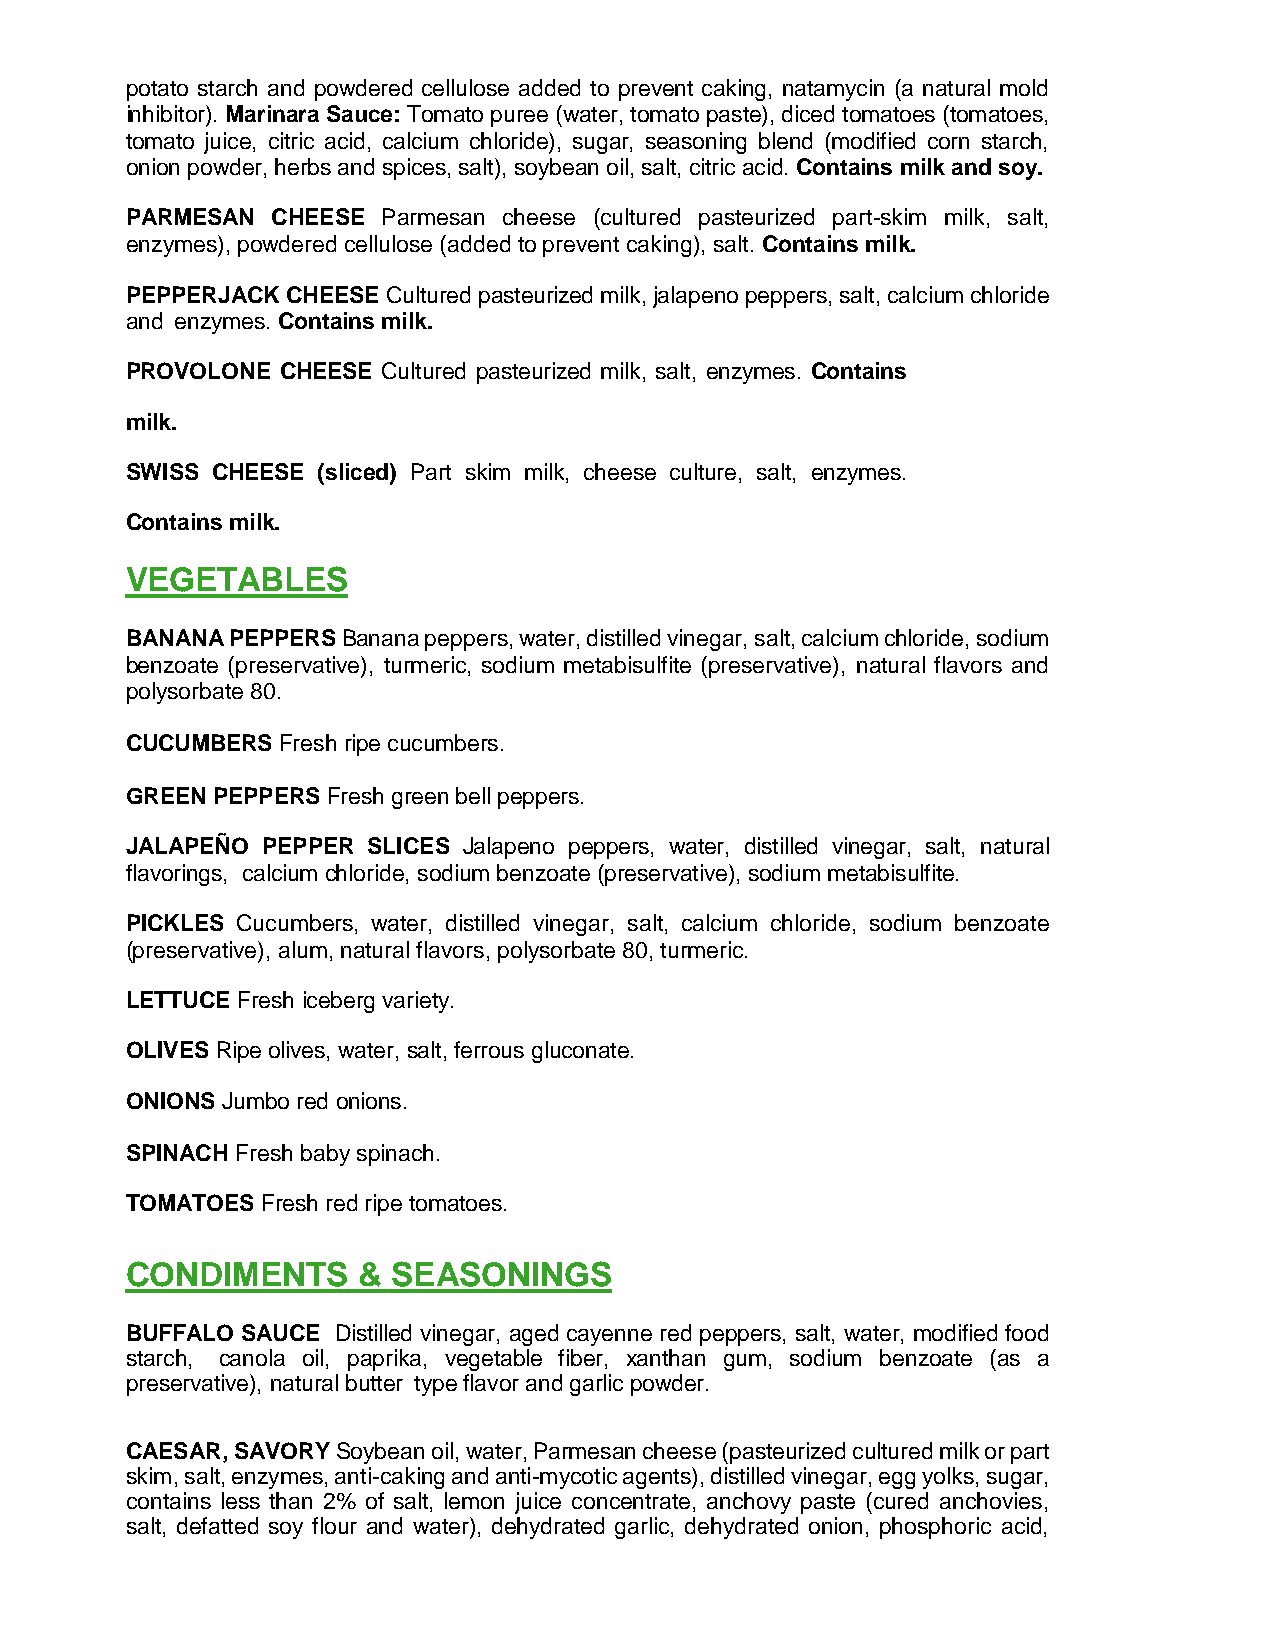
potato starch and powdered cellulose added to prevent caking, natamycin (a natural mold
 inhibitor). Marinara Sauce: Tomato puree (water, tomato paste), diced tomatoes (tomatoes,
 tomato juice, citric acid, calcium chloride), sugar, seasoning blend (modified corn starch,
 onion powder, herbs and spices, salt), soybean oil, salt, citric acid. Contains milk and soy.
 PARMESAN  CHEESE Parmesan cheese (cultured pasteurized part-skim milk, salt,
 enzymes), powdered cellulose (added to prevent caking), salt. Contains milk.
 PEPPERJACK CHEESE Cultured pasteurized milk, jalapeno peppers, salt, calcium chloride
 and enzymes. Contains milk.
 PROVOLONE  CHEESE Cultured pasteurized milk, salt, enzymes. Contains
 milk.
 SWISS CHEESE (sliced) Part skim milk, cheese culture, salt, enzymes.
 Contains milk.
 VEGETABLES
 BANANA PEPPERS Banana peppers, water, distilled vinegar, salt, calcium chloride, sodium
 benzoate (preservative), turmeric, sodium metabisulfite (preservative), natural flavors and
 polysorbate 80.
 CUCUMBERS Fresh ripe cucumbers.
 GREEN PEPPERS Fresh green bell peppers.
 JALAPEÑO PEPPER SLICES Jalapeno peppers, water, distilled vinegar, salt, natural
 flavorings, calcium chloride, sodium benzoate (preservative), sodium metabisulfite.
 PICKLES Cucumbers, water, distilled vinegar, salt, calcium chloride, sodium benzoate
 (preservative), alum, natural flavors, polysorbate 80, turmeric.
 LETTUCE Fresh iceberg variety.
 OLIVES Ripe olives, water, salt, ferrous gluconate.
 ONIONS Jumbo red onions.
 SPINACH Fresh baby spinach.
 TOMATOES Fresh red ripe tomatoes.
 CONDIMENTS      & SEASONINGS
 BUFFALO SAUCE Distilled vinegar, aged cayenne red peppers, salt, water, modified food
 starch, canola oil, paprika, vegetable fiber, xanthan gum, sodium benzoate (as a
 preservative), natural butter type flavor and garlic powder.
 CAESAR, SAVORY Soybean oil, water, Parmesan cheese (pasteurized cultured milk or part
 skim, salt, enzymes, anti-caking and anti-mycotic agents), distilled vinegar, egg yolks, sugar,
 contains less than 2% of salt, lemon juice concentrate, anchovy paste (cured anchovies,
 salt, defatted soy flour and water), dehydrated garlic, dehydrated onion, phosphoric acid,